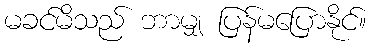
မခင်မိသည် ဘာမျှ ပြန်မပြောနိုင်။